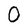
Character: O